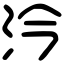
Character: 汵